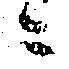
ニ